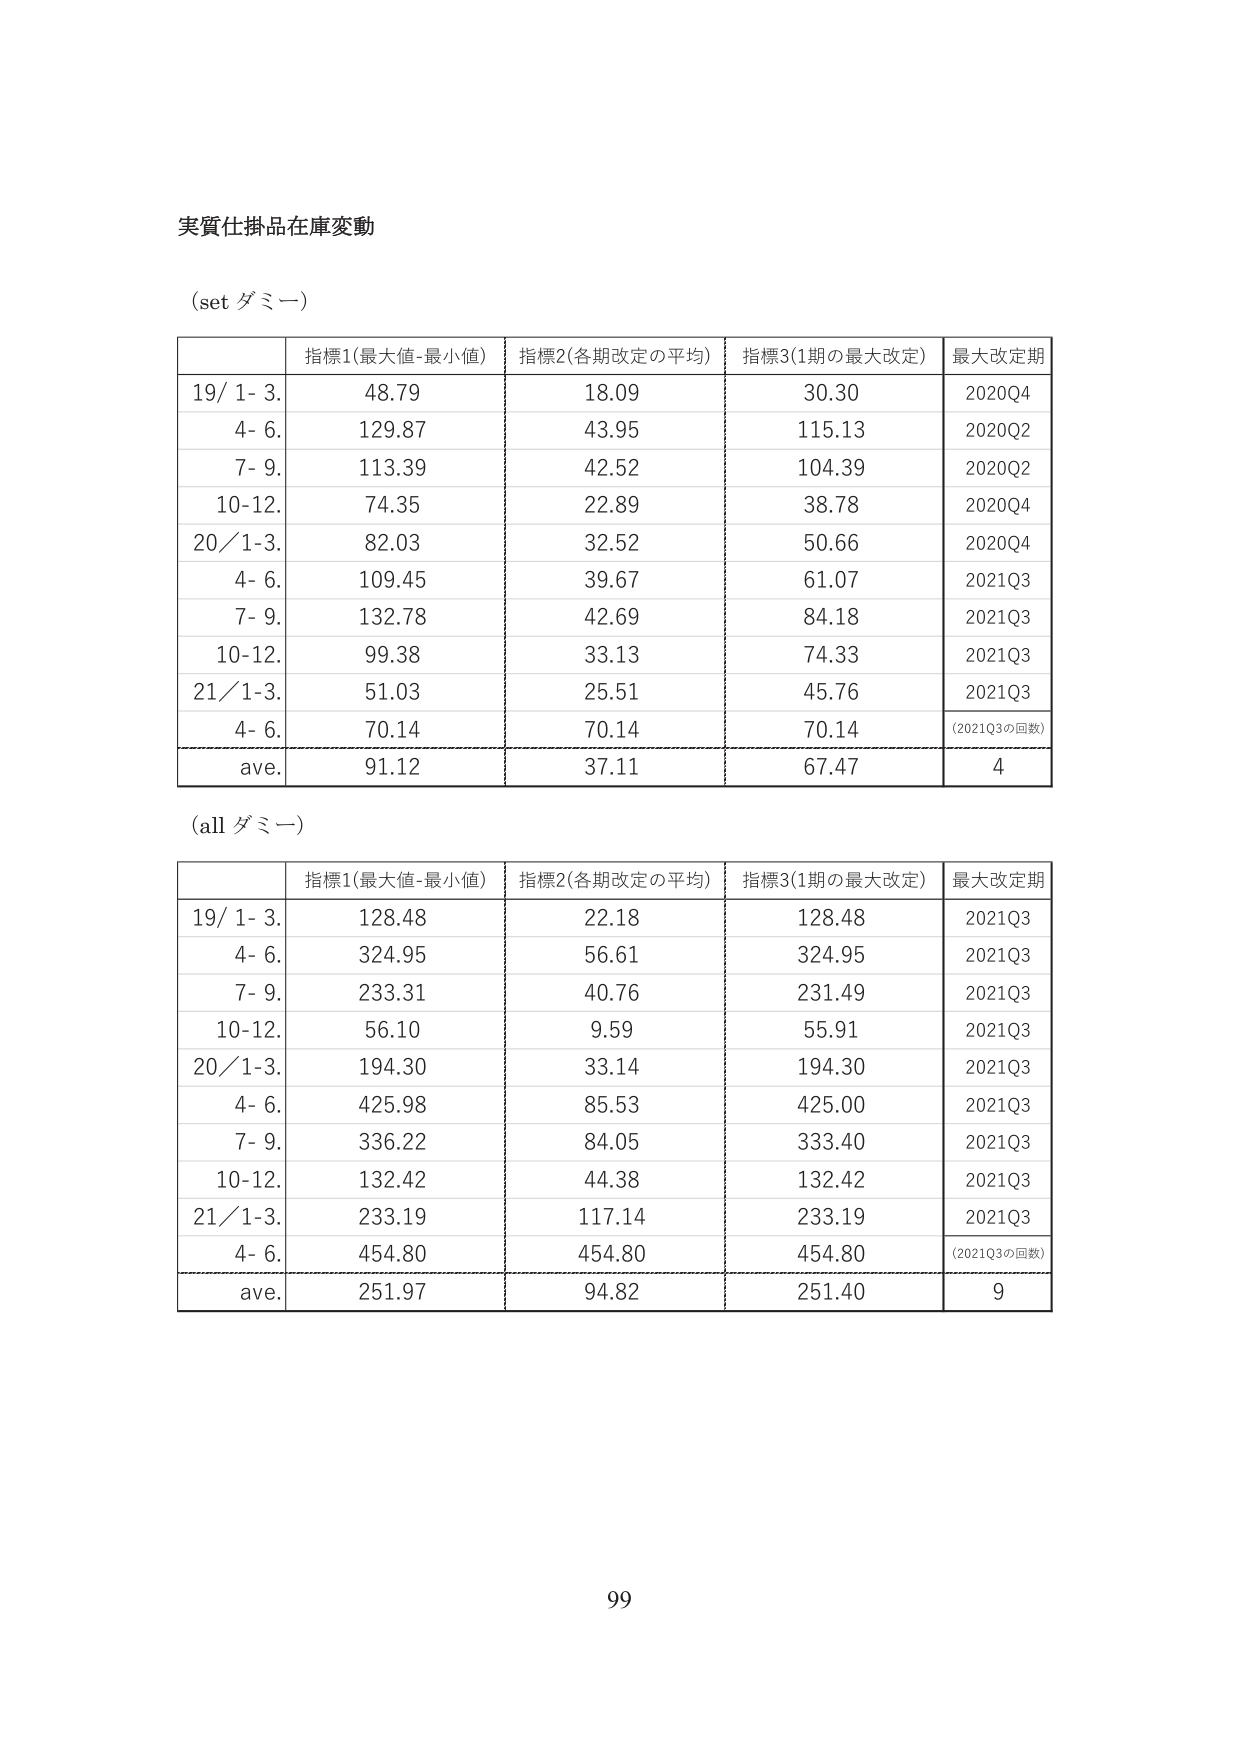
実質仕掛品在庫変動

(set ダミー)

指標1(最大値-最小値) 指標2(各期改定の平均) 指標3(1期の最大改定) 最大改定期
19/ 1- 3. 48.79 18.09 30.30 2020Q4
4- 6. 129.87 43.95 115.13 2020Q2
7- 9. 113.39 42.52 104.39 2020Q2
10-12. 74.35 22.89 38.78 2020Q4
20/ 1-3. 82.03 32.52 50.66 2020Q4
4- 6. 109.45 39.67 61.07 2021Q3
7- 9. 132.78 42.69 84.18 2021Q3
10-12. 99.38 33.13 74.33 2021Q3
21/ 1-3. 51.03 25.51 45.76 2021Q3
4- 6. 70.14 70.14 70.14 (2021Q3の回数)
ave. 91.12 37.11 67.47 4

(all ダミー)

指標1(最大値-最小値) 指標2(各期改定の平均) 指標3(1期の最大改定) 最大改定期
19/ 1- 3. 128.48 22.18 128.48 2021Q3
4- 6. 324.95 56.61 324.95 2021Q3
7- 9. 233.31 40.76 231.49 2021Q3
10-12. 56.10 9.59 55.91 2021Q3
20/ 1-3. 194.30 33.14 194.30 2021Q3
4- 6. 425.98 85.53 425.00 2021Q3
7- 9. 336.22 84.05 333.40 2021Q3
10-12. 132.42 44.38 132.42 2021Q3
21/ 1-3. 233.19 117.14 233.19 2021Q3
4- 6. 454.80 454.80 454.80 (2021Q3の回数)
ave. 251.97 94.82 251.40 9

99